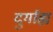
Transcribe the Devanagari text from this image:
दुर्गाह्य